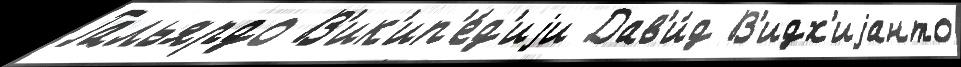
Гальярдо В'ик'ип'е́д'иjи Дав'и́д В'идх'иjанто